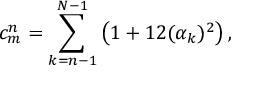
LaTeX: c _ { m } ^ { n } = \sum _ { k = n - 1 } ^ { N - 1 } \big ( 1 + 1 2 ( \alpha _ { k } ) ^ { 2 } \big ) \, ,